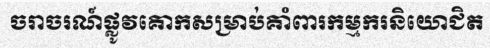
ចរាចរណ៍ផ្លូវគោកសម្រាប់គាំពារកម្មករនិយោជិត